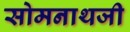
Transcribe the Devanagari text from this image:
सोमनाथजी